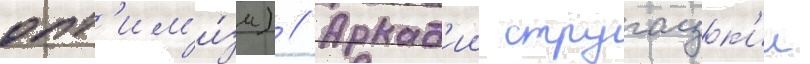
опт'им'и́зм) // Аркад'ии стругацк'ии